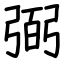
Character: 弼